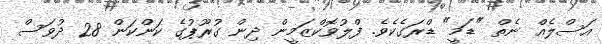
އަސްލެއް ނެތް "ޑަމީ" ޑްރަގެކެވެ. ފްލުވޮކްޒަމީން ދިން ގުރޫޕުގެ ކަންކަން 28 ދުވަސް